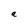
Character: a